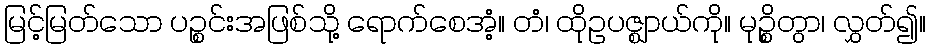
မြင့်မြတ်သော ပဉ္စင်းအဖြစ်သို့ ရောက်စေအံ့။ တံ၊ ထိုဥပဇ္ဈာယ်ကို။ မုဉ္စိတွာ၊ လွှတ်၍။